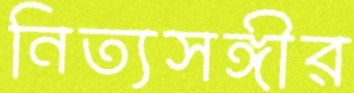
নিত্যসঙ্গীর